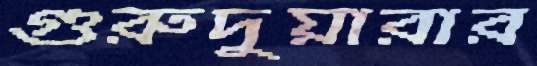
গুরুদুয়ারার